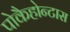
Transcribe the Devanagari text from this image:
पोकैहोन्टास